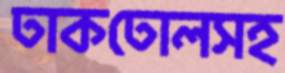
ঢাকঢোলসহ